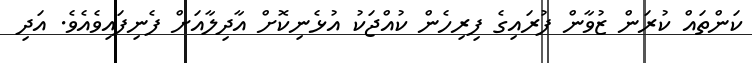
ކަންތައް ކުރަން ޒުވާން ފުރައިގެ ފިރިހެން ކުއްޖަކު އުޅެނިކޮށް އާދިލާއަށް ފެނިފައިވެއެވެ. އަދި